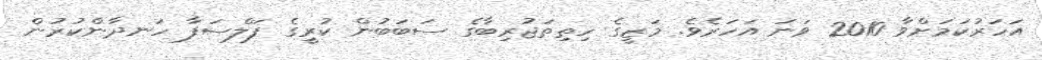
އަހަރުކަމަށްވާ 2010 ވަނަ އަހަރެވެ. މަޒީގެ ހިތިތަޖުރިބާގެ ސަބަބުން ކުރީގެ ފަލްސަފާ ހަނދާންކުރުން